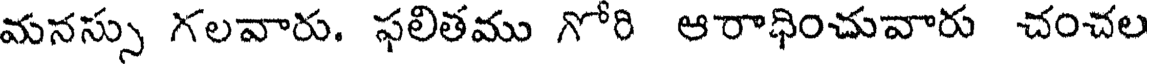
మనస్సు గలవారు. ఫలితము గోరి ఆరాధించువారు చంచల